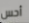
أحس